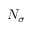
N _ { \sigma }